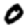
Digit: 0